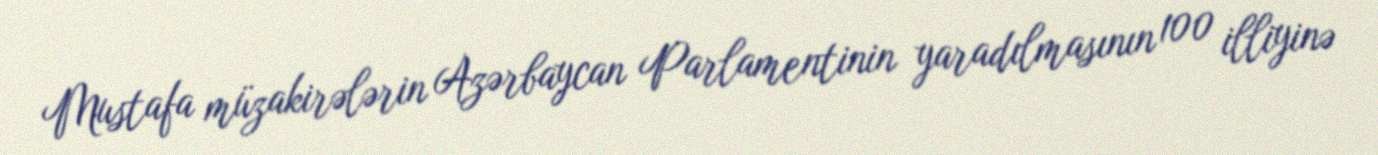
Mustafa müzakirələrin Azərbaycan Parlamentinin yaradılmasının 100 illiyinə